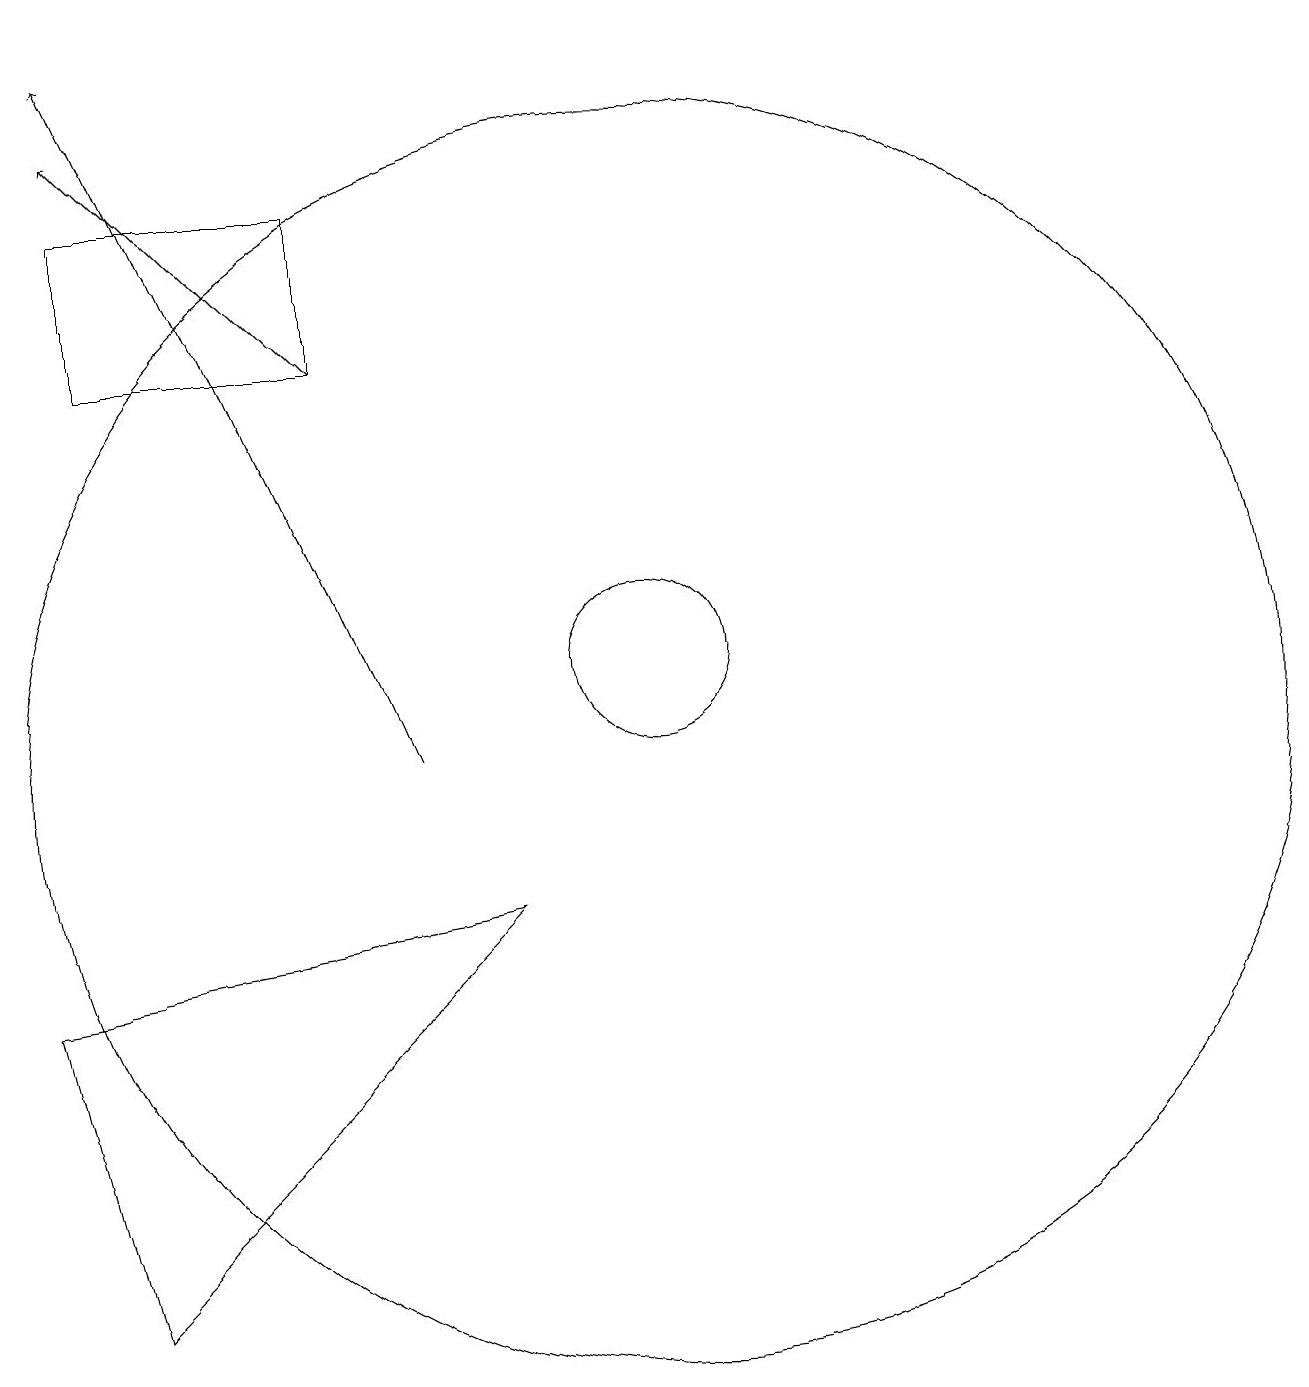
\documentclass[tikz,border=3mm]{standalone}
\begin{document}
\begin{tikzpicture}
\draw (3,7) -- (9,8) -- (4,3) -- cycle;
\draw[->] (7,15) -- (4,18);
\draw[->] (8,10) -- (4,19);
\draw (11,11) circle (1);
\draw (4,15) rectangle (7,17);
\draw (11,10) circle (8);
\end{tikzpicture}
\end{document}